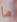
ما